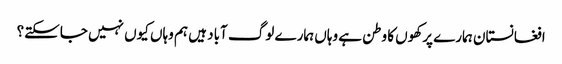
افغانستان ہمارے پرکھوں کا وطن ہے وہاں ہمارے لوگ آباد ہیں ہم وہاں کیوں نہیں جاسکتے؟